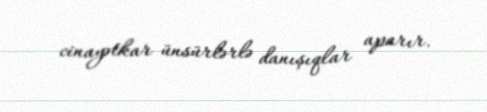
cinayətkar ünsürlərlə danışıqlar aparır.